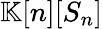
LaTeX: \mathbb{K}[n][S_{n}]